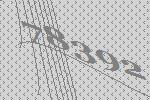
78392